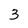
Character: 3